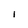
Character: I